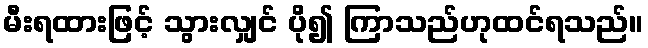
မီးရထားဖြင့် သွားလျှင် ပို၍ ကြာသည်ဟုထင်ရသည်။